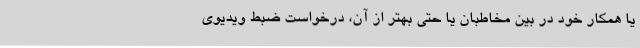
یا همکار خود در بین مخاطبان یا حتی بهتر از آن، درخواست ضبط ویدیوی